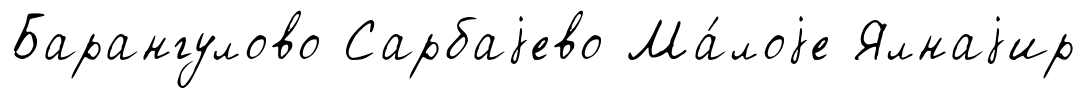
Барангулово Сарбаjево Ма́лоjе Ялнаjир